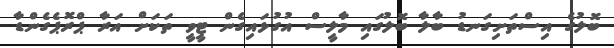
ބޮލުގެ އިސްތަށިގަނޑު ބާލާ ބޮލުގައި މާލީސް އުގުޅައިގެން ޓީވީ ތަކަށް އަރާ ޕްރޮޕެގެންޑާ